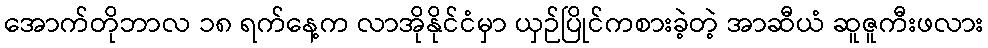
အောက်တိုဘာလ ၁၈ ရက်နေ့က လာအိုနိုင်ငံမှာ ယှဉ်ပြိုင်ကစားခဲ့တဲ့ အာဆီယံ ဆူဇူကီးဖလား